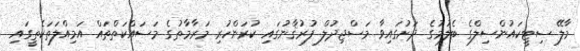
މާލޭ ސިޓީކައުންސިލްގެ ބެލުމުގެ ދަށުގައިވާ މަސްޖިދުލް ފުރުޤާނުގައި ކުރަންހުރި މަރާމާތުގެ މަސައްކަތްތައް އަމިއްލަތަކެތީގައި